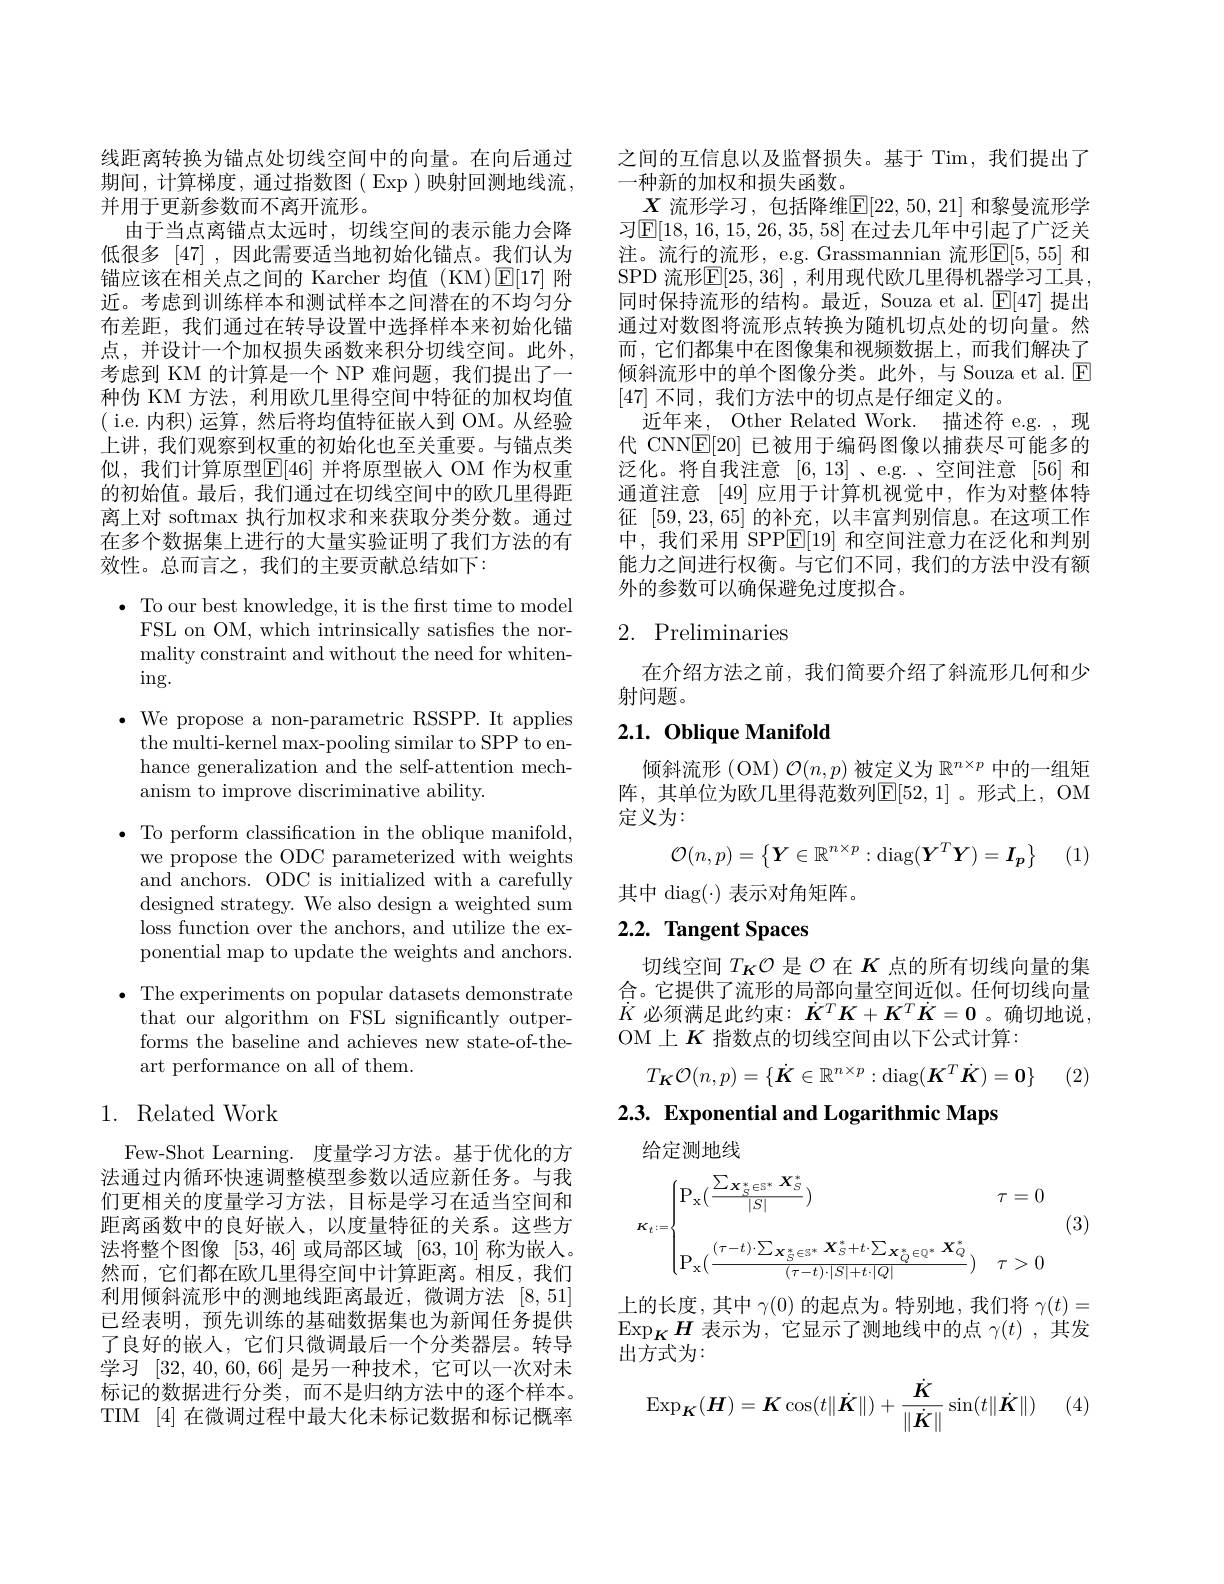
线距离转换为锚点处切线空间中的向量。在向后通过期间，计算梯度，通过指数图(Exp)映射回测地线流， 并用于更新参数而不离开流形。
由于当点离锚点太远时，切线空间的表示能力会降低很多[47] ,因此需要适当地初始化锚点。我们认为锚应该在相关点之间的 Karcher 均值 (KM)$\operatorname{E}[17]$附近。考虑到训练样本和测试样本之间潜在的不均匀分布差距，我们通过在转导设置中选择样本来初始化锚点，并设计一个加权损失函数来积分切线空间。此外， 考虑到 KM 的计算是一个 NP 难问题，我们提出了一种伪 KM 方法，利用欧几里得空间中特征的加权均值( i.e. 内积)运算，然后将均值特征嵌人到 OM。从经验上讲，我们观察到权重的初始化也至关重要。与锚点类似，我们计算原型$\mathbb{E}[46]$ 并将原型嵌人 OM 作为权重的初始值。最后，我们通过在切线空间中的欧几里得距离上对 softmax 执行加权求和来获取分类分数。通过在多个数据集上进行的大量实验证明了我们方法的有效性。总而言之，我们的主要贡献总结如下：

· To our best knowledge, it is the first time to model
FSL on OM, which intrinsically satisfies the normality constraint and without the need for whiten- $\operatorname{ing}.$
$\bullet$ We propose a non-parametric RSSPP. It applies
the multi-kernel max-pooling similar to SPP to enhance generalization and the self-attention mechanism to improve discriminative ability.
$\bullet$ To perform classification in the oblique manifold,
we propose the ODC parameterized with weights and anchors. ODC is initialized with a carefully designed strategy. We also design a weighted sum loss function over the anchors, and utilize the exponential map to update the weights and anchors.
$\bullet$ The experiments on popular datasets demonstrate
that our algorithm on FSL significantly outperforms the baseline and achieves new state-of-theart performance on all of them.
1. Related Work

Few-Shot Learning.度量学习方法。基于优化的方法通过内循环快速调整模型参数以适应新任务。与我们更相关的度量学习方法，目标是学习在适当空间和距离函数中的良好嵌人，以度量特征的关系。这些方法将整个图像[53,46]或局部区域[63,10]称为嵌人。然而，它们都在欧几里得空间中计算距离。相反，我们利用倾斜流形中的测地线距离最近，微调方法[8,51] 已经表明，预先训练的基础数据集也为新闻任务提供了良好的嵌入，它们只微调最后一个分类器层。转导学习[32,40,60,66]是另一种技术，它可以一次对未标记的数据进行分类，而不是归纳方法中的逐个样本。TIM [4] 在微调过程中最大化未标记数据和标记概率

之间的互信息以及监督损失。基于 Tim,我们提出了
一种新的加权和损失函数。
$\underline{X}$ 流形学习，包括降维$\mathbb{E}[22,50,21]$ 和黎曼流形学习$\mathbb{E}[18,16,15,26,35,58]$ 在过去几年中引起了广泛关注。流行的流形，e.g. Grassmannian 流形$\mathbb{E}[5,55]$ 和SPD 流形$\mathbb{E}[25,36]$ ,利用现代欧几里得机器学习工具， 同时保持流形的结构。最近，Souza et al. $\mathbb{E}[47]$提出通过对数图将流形点转换为随机切点处的切向量。然而，它们都集中在图像集和视频数据上，而我们解决了倾斜流形中的单个图像分类。此外，与 Souza et al. $\boxed{\mathrm{E}}$ [47]不同，我们方法中的切点是仔细定义的。
近年来，Other Related Work. 描述符 e.g. , 现代 CNNE[20] 已被用于编码图像以捕获尽可能多的泛化。将自我注意[6,13]、e.g.、空间注意[56] 和通道注意[49]应用于计算机视觉中，作为对整体特征[59,23,65]的补充，以丰富判别信息。在这项工作中，我们采用 SPP$\underline{\mathrm{E}}[19]$和空间注意力在泛化和判别能力之间进行权衡。与它们不同，我们的方法中没有额外的参数可以确保避免过度拟合。

# 2. Preliminaries

在介绍方法之前，我们简要介绍了斜流形几何和少
射问题。

## $2. 1. \textbf{Oblique Manifold}$

倾斜流形(OM) $\mathcal{O}(n,p)$被定义为$\mathbb{R}^n\times p$中的一组矩阵，其单位为欧几里得范数列$\mathbb{E}[52,1]$。形式上，OM 定义为：
$$\mathcal{O}(n,p)=\begin{Bmatrix}\boldsymbol{Y}\in\mathbb{R}^{n\times p}:\mathrm{diag}(\boldsymbol{Y}^T\boldsymbol{Y})=\boldsymbol{I}_p\end{Bmatrix}$$
(1)

其中 diag(·) 表示对角矩阵。

# 2.2. Tangent Spaces

切线空间$T_{K}\mathcal{O}$是$\mathcal{O}$在$K$点的所有切线向量的集合。它提供了流形的局部向量空间近似。任何切线向量$\dot{K}$必须满足此约束：$\dot{K}^T\boldsymbol{K}+\boldsymbol{K}^T\dot{\boldsymbol{K}}=\mathbf{0}$。确切地说， OM上$K$ 指数点的切线空间由以下公式计算：
$$T_{\boldsymbol{K}}\mathcal{O}(n,p)=\{\dot{\boldsymbol{K}}\in\mathbb{R}^{n\times p}:\mathrm{diag}(\boldsymbol{K}^T\dot{\boldsymbol{K}})=\mathbf{0}\}$$
(2)

2.3. Exponential and Logarithmic Maps

给定测地线
$$K_{t}:=\begin{cases}\mathrm{P}_{\mathrm{x}}(\frac{\sum_{\boldsymbol{X}_{S}^{*}\in\mathbb{S}^{*}}\boldsymbol{X}_{S}^{*}}{|S|})&\tau=0\\\\\mathrm{P}_{\mathrm{x}}(\frac{(\tau-t)\cdot\sum_{\boldsymbol{X}_{S}^{*}\in\mathbb{S}^{*}}\boldsymbol{X}_{S}^{*}+t\cdot\sum_{\boldsymbol{X}_{Q}^{*}\in\mathbb{Q}^{*}}\boldsymbol{X}_{Q}^{*}}{(\tau-t)\cdot|S|+t\cdot|Q|})&\tau>0\end{cases}$$
(3)

上的长度，其中$\gamma(0)$的起点为。特别地，我们将$\gamma(t)=$ $\operatorname{Exp}_{K}H$表示为，它显示了测地线中的点$\gamma(t)$ ,其发出方式为：

(4)
$$\operatorname{Exp}_{\boldsymbol{K}}(\boldsymbol{H})=\boldsymbol{K}\cos(t\|\dot{\boldsymbol{K}}\|)+\frac{\dot{\boldsymbol{K}}}{\|\dot{\boldsymbol{K}}\|}\sin(t\|\dot{\boldsymbol{K}}\|)$$